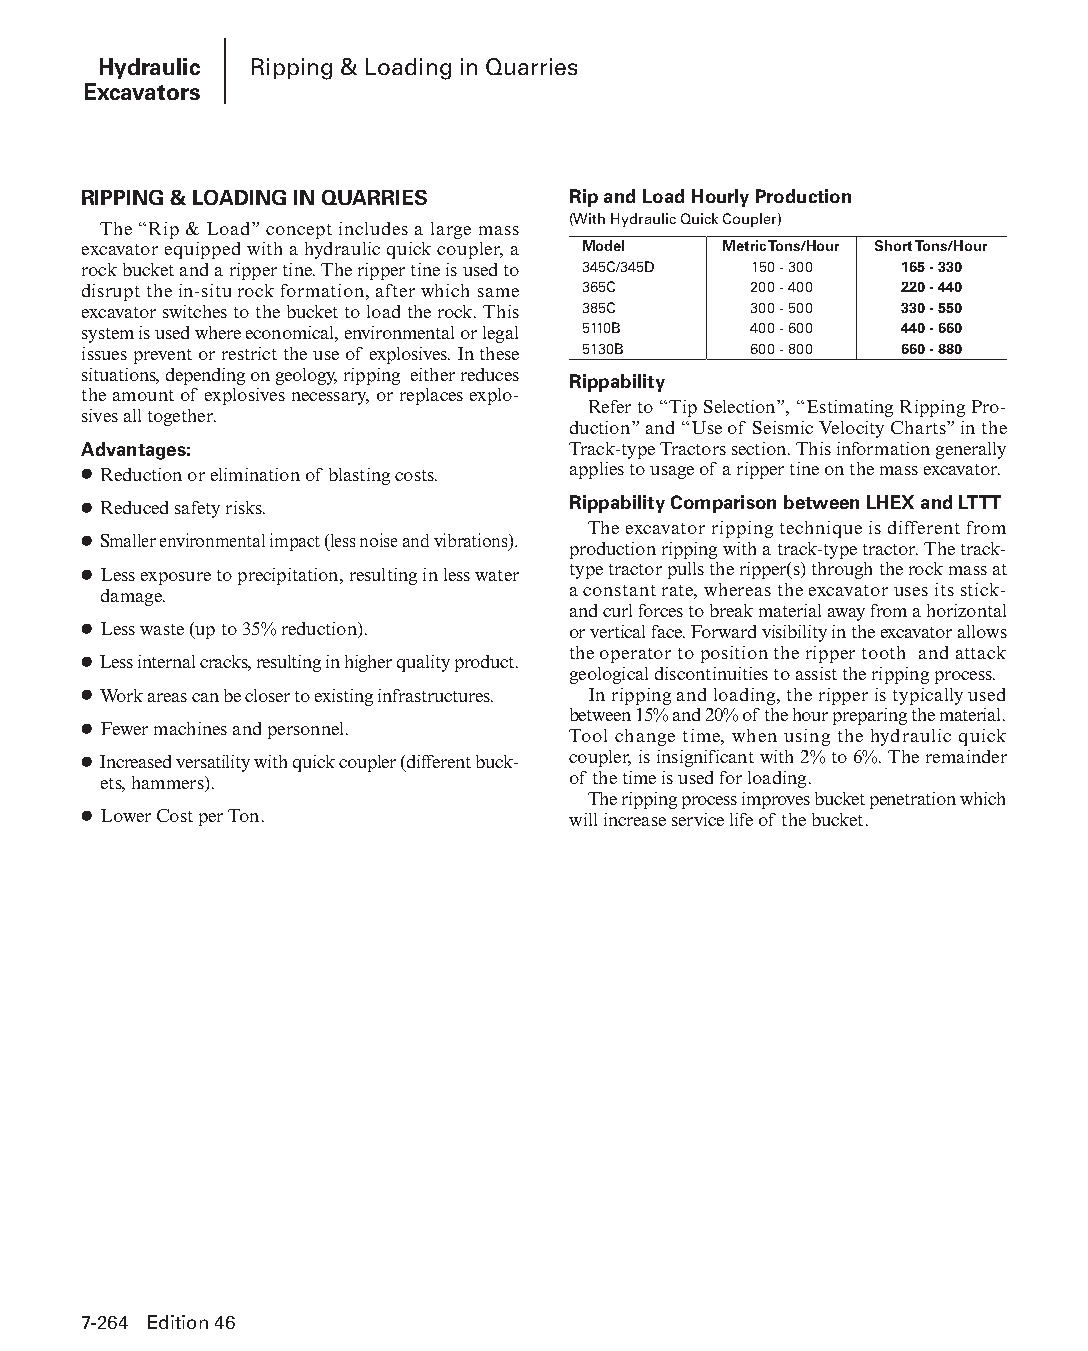
Hydraulic Ripping & Loading in Quarries
 Excavators
 RIPPING & LOADING IN QUARRIES   Rip and Load Hourly Production
 (With Hydraulic Quick Coupler)
 The “Rip & Load” concept includes a large mass
 excavator equipped with a hydraulic quick coupler, a Model Metric Tons/Hour Short Tons/Hour
 rock bucket and a ripper tine. The ripper tine is used to 345C/345D 150 - 300 165 - 330
 disrupt the in-situ rock formation, after which same 365C 200 - 400 220 - 440
 excavator switches to the bucket to load the rock. This 385C 300 - 500 330 - 550
 system is used where economical, environ mental or legal 5110B 400 - 600 440 - 660
 issues prevent or restrict the use of explosives. In these 5130B 600 - 800 660 - 880
 situations, depending on geology, ripping either reduces Rippability
 the amount of explosives necessary, or replaces explo-
 Refer to “Tip Selection”, “Estimating Ripping Pro-
 sives all together.
 duc tion” and “Use of Seismic Velocity Charts” in the
 Advantages:                     Track-type Tractors section. This information generally
 ● Reduction or elimination of blasting costs. applies to usage of a ripper tine on the mass excavator.
 ● Reduced safety risks.         Rippability Comparison between LHEX and LTTT
 The excavator ripping technique is different from
 ● Smaller environmental impact (less noise and vibrations).
 production ripping with a track-type tractor. The track-
 ● Less exposure to precipitation, resulting in less water type tractor pulls the ripper(s) through the rock mass at
 damage.                        a constant rate, whereas the excavator uses its stick-
 and curl forces to break material away from a horizontal
 ● Less waste (up to 35% reduction). or vertical face. Forward visibility in the excavator allows
 the operator to position the ripper tooth and attack
 ● Less internal cracks, resulting in higher quality product.
 geological discontinuities to assist the ripping process.
 ● Work areas can be closer to existing infrastructures. In ripping and loading, the ripper is typically used
 between 15% and 20% of the hour preparing the material.
 ● Fewer machines and personnel.
 Tool change time, when using the hydraulic quick
 ● Increased versatility with quick coupler (different buck- coupler, is insignificant with 2% to 6%. The remainder
 ets, hammers).                 of the time is used for loading.
 The ripping process improves bucket penetration which
 ● Lower Cost per Ton.           will increase service life of the bucket.
 7-264 Edition 46
 PPHHBB--SSeecc0077--HHyyddrraauulliiccEExxccaavvaattoorrss((ppgg224433--229944))..iinndddd 226644 1122//44//1155 1100::3377 AAMM